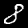
Digit: 8